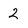
Character: 2